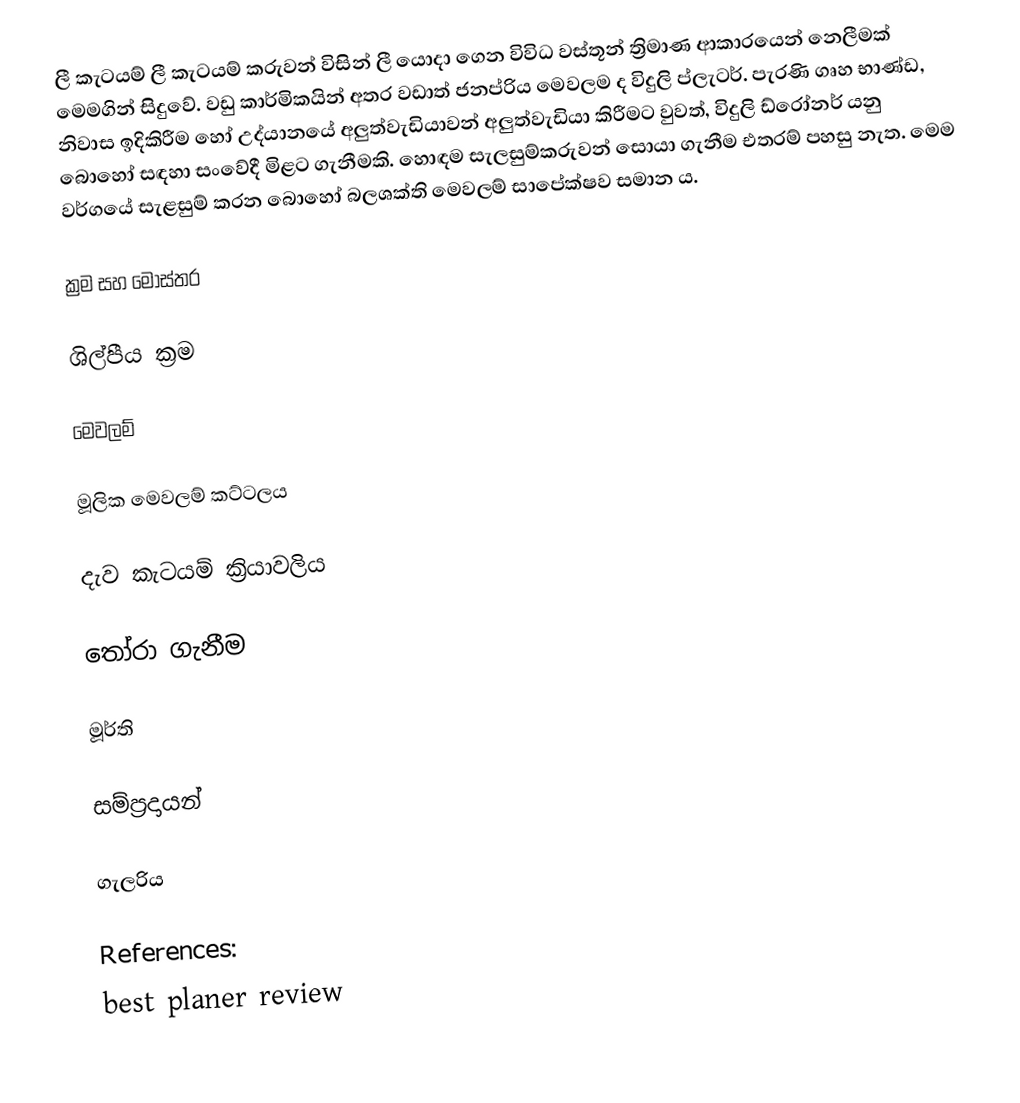
ලී කැටයම් ලී කැටයම් කරුවන් විසින් ලී යොදා ගෙන විවිධ වස්තූන් ත්‍රිමාණ ආකාරයෙන් නෙලීමක් මෙමගින් සිදුවේ. වඩු කාර්මිකයින් අතර වඩාත් ජනප්රිය මෙවලම ද විදුලි ප්ලැටර්. පැරණි ගෘහ භාණ්ඩ, නිවාස ඉදිකිරීම හෝ උද්යානයේ අලුත්වැඩියාවන් අලුත්වැඩියා කිරීමට වුවත්, විදුලි ඩ්රෝනර් යනු බොහෝ සඳහා සංවේදී මිළට ගැනීමකි. හොඳම සැලසුම්කරුවන් සොයා ගැනීම එතරම් පහසු නැත. මෙම වර්ගයේ සැළසුම් කරන බොහෝ බලශක්ති මෙවලම් සාපේක්ෂව සමාන ය.

ක්‍රම සහ මෝස්තර

ශිල්පීය ක්‍රම

මෙවලම්

මූලික මෙවලම් කට්ටලය

දැව කැටයම් ක්‍රියාවලිය

තෝරා ගැනීම

මූර්ති

සම්ප්‍රදායන්

ගැලරිය

References:
 best planer review